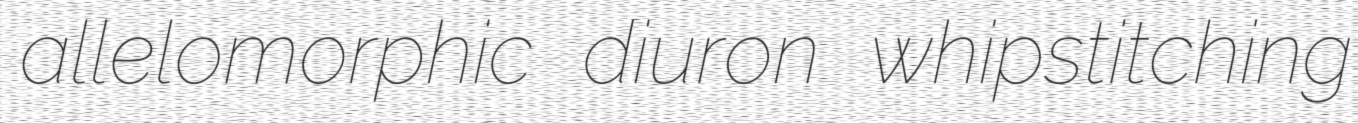
allelomorphic diuron whipstitching